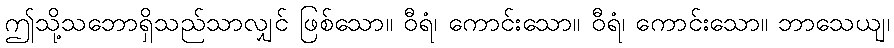
ဤသို့သဘောရှိသည်သာလျှင် ဖြစ်သော။ ဝီရံ၊ ကောင်းသော။ ဝီရံ၊ ကောင်းသော။ ဘာသေယျ၊